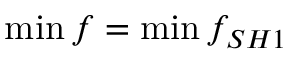
\operatorname* { m i n } { f } = \operatorname* { m i n } { f _ { S H 1 } }